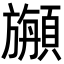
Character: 𩔣